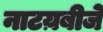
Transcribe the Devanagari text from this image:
नाटय़बीजे